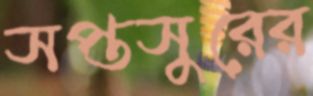
সপ্তসুরের